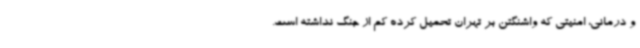
و درمانی، امنیتی که واشنگتن بر تهران تحمیل کرده کم از جنگ نداشته است.